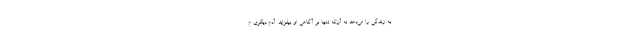
به زندگی را می‌دهد نه آن‌که تنها بر آگاهی او بیفزاید. آدم دیگری م